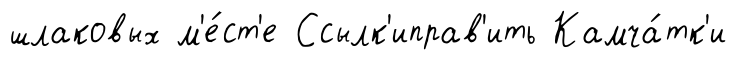
шлаковых м'е́ст'е Ссылк'иправ'ить Камча́тк'и